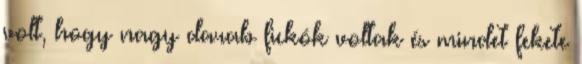
volt, hogy nagy darab fickók voltak és mindet fekete